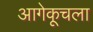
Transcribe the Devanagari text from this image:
आगेकूचला